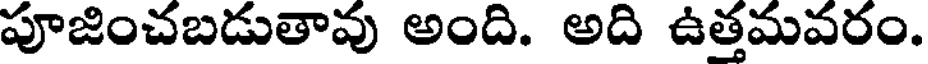
పూజించబడుతావు అంది. అది ఉత్తమవరం.